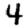
Digit: 4